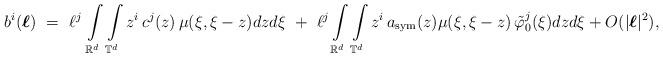
LaTeX: \begin{align*}b^i({\boldsymbol{\ell}}) \ = \ \ell^j \, \int\limits_{\mathbb R^d} \int\limits_{\mathbb T^d} z^i \, c^j(z) \, \mu (\xi, \xi-z ) dz d\xi \ + \ \ell^j \int\limits_{\mathbb R^d} \int\limits_{\mathbb T^d} z^i \, a_{\rm sym} (z) \mu(\xi,\xi-z) \, \tilde\varphi^j_{0}(\xi) dz d\xi + O(|{\boldsymbol{\ell}}|^2),\end{align*}